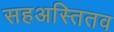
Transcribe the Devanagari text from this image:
सहअस्तितव